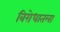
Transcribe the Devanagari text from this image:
विरोधातला